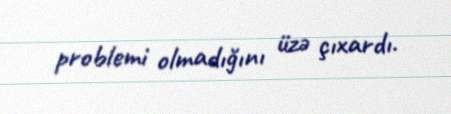
problemi olmadığını üzə çıxardı.